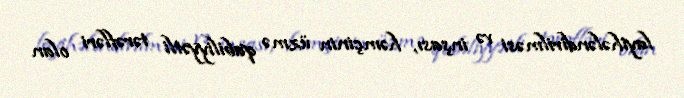
layihələndirilməsi və inşası, həmçinin üzmə qabiliyyətli tərəfləri olan